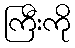
ကြီးကို